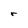
Character: r